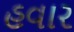
હવાર